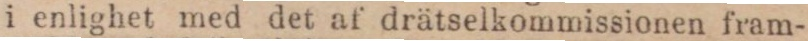
i enlighet med det af drätselkommissionen fram-